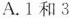
A.1和3